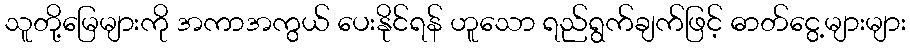
သူတို့မြေများကို အကာအကွယ် ပေးနိုင်ရန် ဟူသော ရည်ရွက်ချက်ဖြင့် ဓာတ်ငွေ့များများ